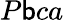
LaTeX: P\mathsf{b}ca